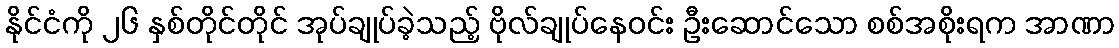
နိုင်ငံကို ၂၆ နှစ်တိုင်တိုင် အုပ်ချုပ်ခဲ့သည့် ဗိုလ်ချုပ်နေဝင်း ဦးဆောင်သော စစ်အစိုးရက အာဏာ